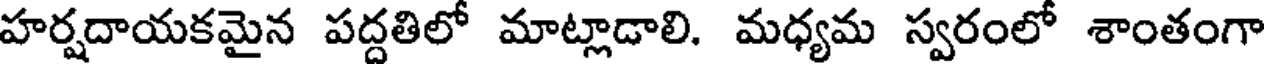
హర్షదాయకమైన పద్దతిలో మాట్లాడాలి. మధ్యమ స్వరంలో శాంతంగా